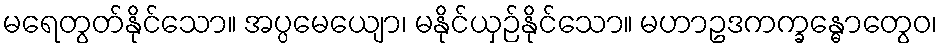
မရေတွတ်နိုင်သော။ အပ္ပမေယျော၊ မနိုင်ယှဉ်နိုင်သော။ မဟာဥဒကက္ခန္ဓောတွေဝ၊